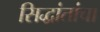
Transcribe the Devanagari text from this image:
सिद्धांतांचा